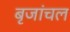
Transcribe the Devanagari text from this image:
बृजांचल